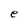
Character: e